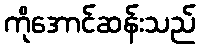
ကိုအောင်ဆန်းသည်